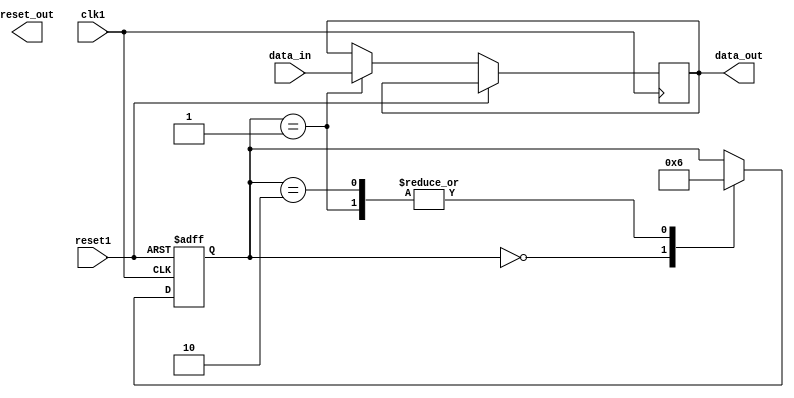
module Synchronizer (
    input wire clk1, // clock for domain 1
    input wire reset1, // reset signal for domain 1
    input wire data_in, // data signal to be synchronized
    output reg data_out, // synchronized data output
    output reg reset_out // synchronized reset output
);

reg synchronized_reset;
reg [1:0] state;

always @(posedge clk1 or posedge reset1) begin
    if (reset1) begin
        state <= 2'b00; // reset state
        synchronized_reset <= 1'b1; // assert synchronized reset
    end else begin
        case(state)
            2'b00: begin // reset state
                synchronized_reset <= 1'b0; // de-assert synchronized reset
                state <= 2'b01; // transition to state 01
            end
            2'b01: begin // data synchronization state
                data_out <= data_in; // synchronize data signal
                state <= 2'b10; // transition to state 10
            end
            2'b10: begin // idle state
                state <= 2'b10; // stay in idle state
            end
        endcase
    end
end

endmodule